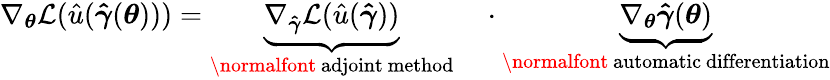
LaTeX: \nabla_{\boldsymbol{\theta}}\mathcal{L}(\hat{u}(\boldsymbol{\hat{\gamma}}(\boldsymbol{\theta})))=\underbrace{\nabla_{\boldsymbol{\hat{\gamma}}}\mathcal{L}(\hat{u}(\boldsymbol{\hat{\gamma}}))}_{\mathrm{\normalfont~adjoint~method}}\quad\cdot\underbrace{\nabla_{\boldsymbol{\theta}}\boldsymbol{\hat{\gamma}}(\boldsymbol{\theta})}_{\mathrm{\normalfont~automatic~differentiation}}